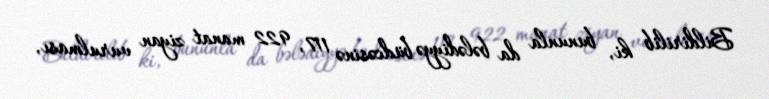
Bildirilib ki, bununla da bələdiyyə büdcəsinə 117, 922 manat ziyan vurulması,